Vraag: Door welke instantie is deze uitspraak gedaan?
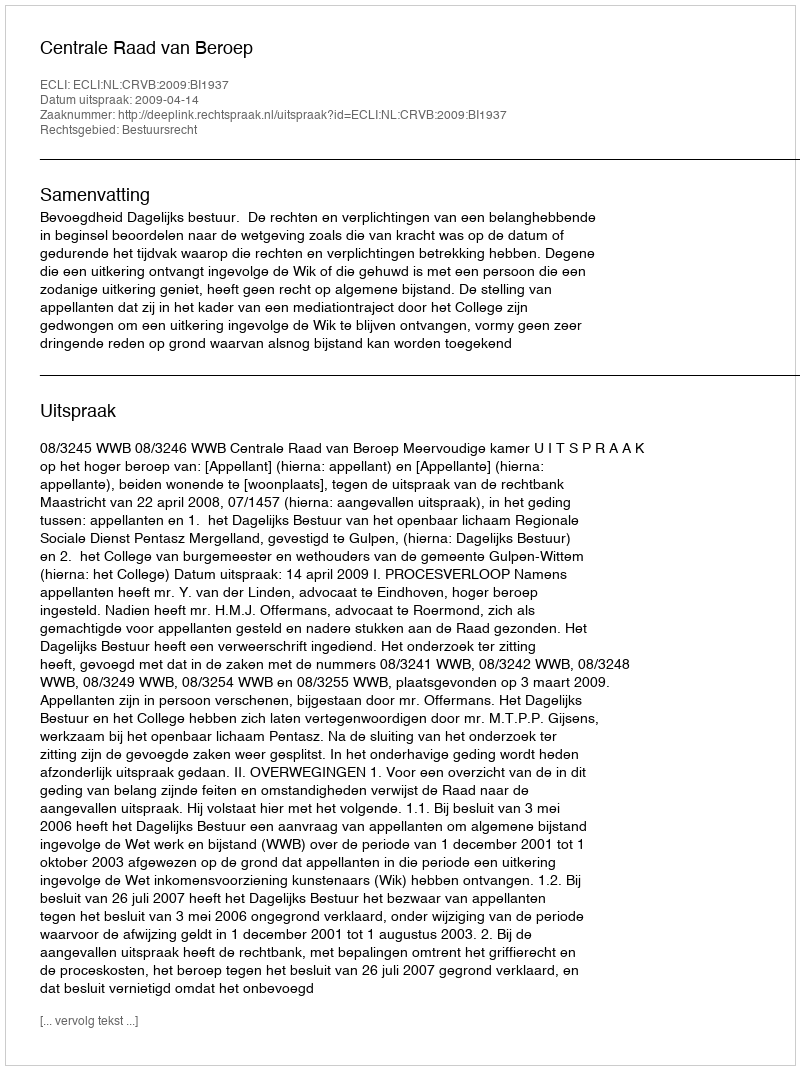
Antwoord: Centrale Raad van Beroep